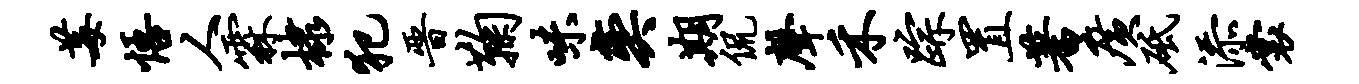
莓悟人霖棣犯晋鞠味奕期侃声禾踪置蓍广砥添裳